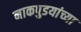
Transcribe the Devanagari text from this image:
नाकपुडयांच्या